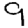
Digit: 9